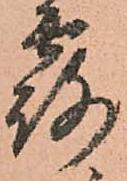
露